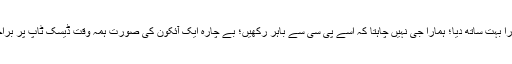
ان پیج نے ہمارا بہت ساتھ دیا؛ ہمارا جی نہیں چاہتا کہ اسے پی سی سے باہر رکھیں؛ بے چارہ ایک آئکون کی صورت ہمہ وقت ڈیسک ٹاپ پر براجمان رہتا ہے۔